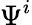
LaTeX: \Psi^{i}